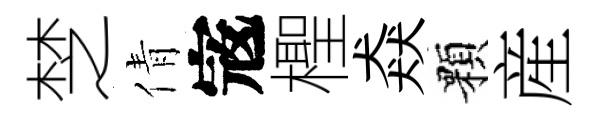
椘倩𡨥檉猋顆産